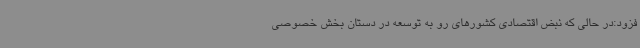
فزود:در حالی که نبض اقتصادی کشورهای رو به توسعه در دستان بخش خصوصی